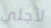
لأجلي